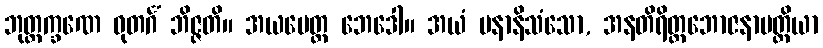
ဘုတ္တက္ခဏေ ဓုတင်္ဂံ ဘိဇ္ဇတိ။ အယမေတ္ထ ဘေဒေါ။ အယံ ပနာနိသံသော, အနတိရိတ္တဘောဇနာပတ္တိယာ